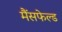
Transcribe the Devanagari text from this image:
मैंसफेल्ड